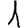
Digit: 1